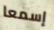
إسمعا